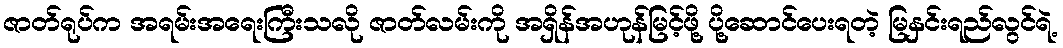
ဇာတ်ရုပ်က အရမ်းအရေးကြီးသလို ဇာတ်လမ်းကို အရှိန်အဟုန်မြင့်ဖို့ ပို့ဆောင်ပေးရတဲ့ မြနှင်းရည်လွင်ရဲ့